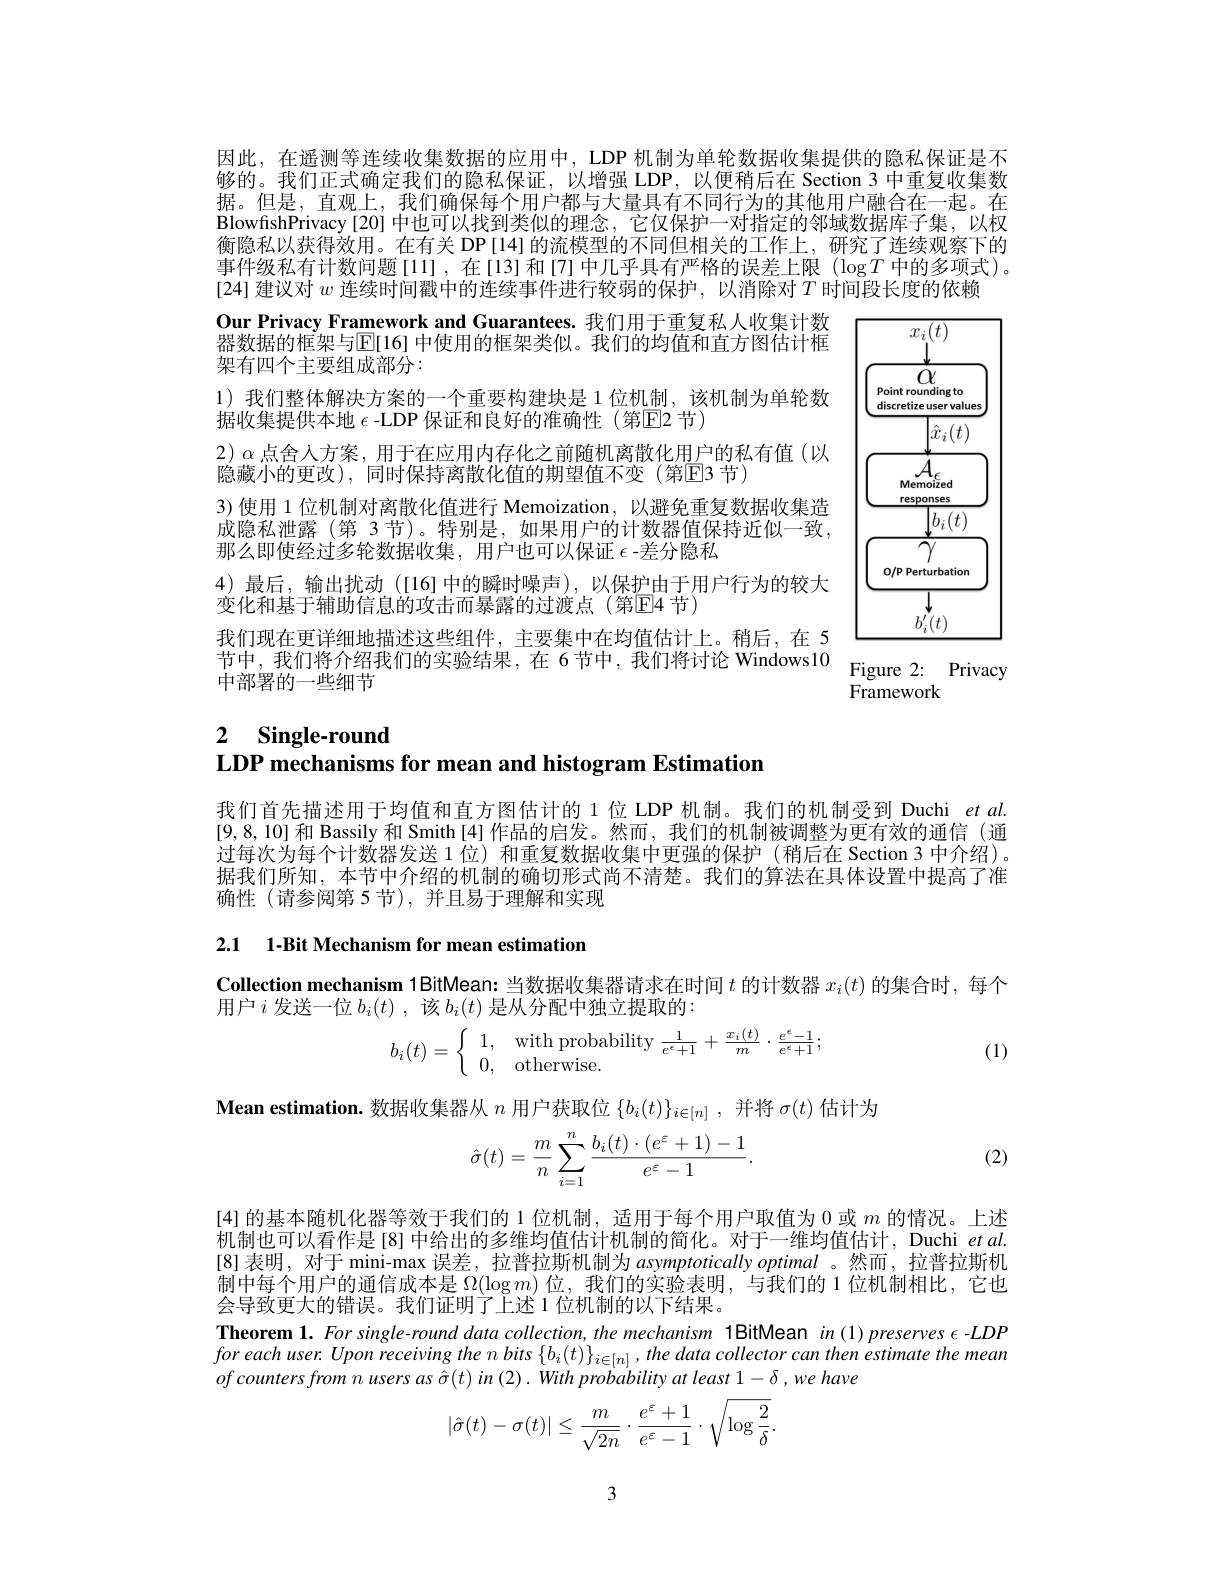
因此，在遥测等连续收集数据的应用中，LDP 机制为单轮数据收集提供的隐私保证是不够的。我们正式确定我们的隐私保证，以增强 LDP,以便稍后在 Section 3 中重复收集数据。但是，直观上，我们确保每个用户都与大量具有不同行为的其他用户融合在一起。在BlowfishPrivacy [20] 中也可以找到类似的理念，它仅保护一对指定的邻域数据库子集，以权衡隐私以获得效用。在有关 DP [14] 的流模型的不同但相关的工作上，研究了连续观察下的事件级私有计数问题[11],在[13]和[7]中几乎具有严格的误差上限($\log T$中的多项式)。[24] 建议对$w$连续时间戳中的连续事件进行较弱的保护，以消除对$T$时间段长度的依赖

Our Privacy Framework and Guarantees. 我们用于重复私人收集计数器数据的框架与$\overline{\mathrm{E}}[16]$ 中使用的框架类似。我们的均值和直方图估计框架有四个主要组成部分：
1) 我们整体解决方案的一个重要构建块是 1 位机制，该机制为单轮数
据收集提供本地$\epsilon$ -LDP 保证和良好的准确性 (第E2 节)
$2)\alpha$点舍人方案，用于在应用内存化之前随机离散化用户的私有值(以
隐藏小的更改), 同时保持离散化值的期望值不变 (第☑3 节)
3)使用 1 位机制对离散化值进行 Memoization,以避免重复数据收集造成隐私泄露(第 3 节)。特别是，如果用户的计数器值保持近似一致， 那么即使经过多轮数据收集，用户也可以保证$\epsilon$ -差分隐私
4)最后，输出扰动([16]中的瞬时噪声),以保护由于用户行为的较大
变化和基于辅助信息的攻击而暴露的过渡点(第E4 节)
我们现在更详细地描述这些组件，主要集中在均值估计上。稍后，在 5
节中，我们将介绍我们的实验结果，在 6节中，我们将讨论 Windows10 Figure 2: Privacy
中部署的一些细节
Framework

<FigureHere>

# 2 Single-round LDP mechanisms for mean and histogram Estimation

我们首先描述用于均值和直方图估计的 1 位 LDP 机制。我们的机制受到 Duchi et al. [9,8,10]和 Bassily 和 Smith[4] 作品的启发。然而，我们的机制被调整为更有效的通信 (通过每次为每个计数器发送 1 位) 和重复数据收集中更强的保护 (稍后在 Section 3 中介绍)。据我们所知，本节中介绍的机制的确切形式尚不清楚。我们的算法在具体设置中提高了准确性(请参阅第5节),并且易于理解和实现

2.1 1-Bit Mechanism for mean estimation

Collection mechanism 1BitMean: 当数据收集器请求在时间$t$的计数器$x_i(t)$的集合时，每个
用户$i$发送一位$b_i(t)$ ,该$b_i(t)$是从分配中独立提取的：
$$b_i(t)=\left\{\begin{array}{ll}1,&\text{with probability}\frac{1}{e^\epsilon+1}+\frac{x_i(t)}{m}\cdot\frac{e^\epsilon-1}{e^\epsilon+1};\\0,&\text{otherwise.}\end{array}\right.$$
(1)

Mean estimation. 数据收集器从$n$用户获取位$\{b_i(t)\}_{i\in[n]}$,并将$\sigma(t)$估计为

(2)
$$\hat{\sigma}(t)=\frac{m}{n}\sum_{i=1}^{n}\frac{b_i(t)\cdot(e^{\varepsilon}+1)-1}{e^{\varepsilon}-1}.$$
[4]的基本随机化器等效于我们的 1 位机制，适用于每个用户取值为0或$m$的情况。上述机制也可以看作是[8] 中给出的多维均值估计机制的简化。对于一维均值估计，Duchi $etal.$ [8] 表明 , 对于 mini-max 误差 , 拉普拉斯机制为$a$symptotically optimal 。然而，拉普拉斯机制中每个用户的通信成本是$\Omega(\log m)$位，我们的实验表明，与我们的 1 位机制相比，它也会导致更大的错误。我们证明了上述 1 位机制的以下结果。
Theorem 1. For single-round data collection, the mechanism 1BitMean in (1)preserves $\epsilon$-LDP $foreachuser.Uponreceivingthenbits\left\{b_{i}(t)\right\}_{i\in[n]},thedatacollectorcanthenestimatethemean$ ofcountersfromn users as $\hat{\sigma } ( t) in( 2) . With\textit{probability at least 1- , we have}$
$$\begin{aligned}|\hat{\sigma}(t)-\sigma(t)|\leq\frac{m}{\sqrt{2n}}\cdot\frac{e^{\varepsilon}+1}{e^{\varepsilon}-1}\cdot\sqrt{\log\frac{2}{\delta}}.\end{aligned}$$
3